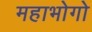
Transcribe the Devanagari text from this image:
महाभोगो